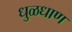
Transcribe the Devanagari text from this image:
धुळधाण